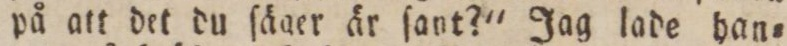
på att det du ſäger är ſant?' Jag lade han=